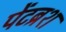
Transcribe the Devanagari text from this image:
पेंटब्रश